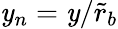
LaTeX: \mathit{y}_{n}=\mathit{y}/\tilde{{r}}_{b}